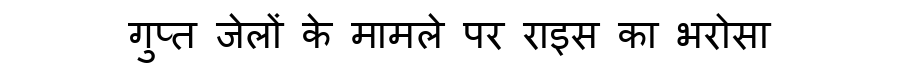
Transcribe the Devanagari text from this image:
गुप्त जेलों के मामले पर राइस का भरोसा